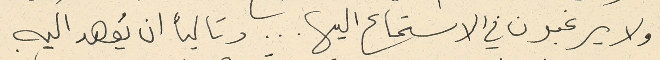
او لا يرغبون في الاستماع اليها ... وتالياً ان يُعهد اليه